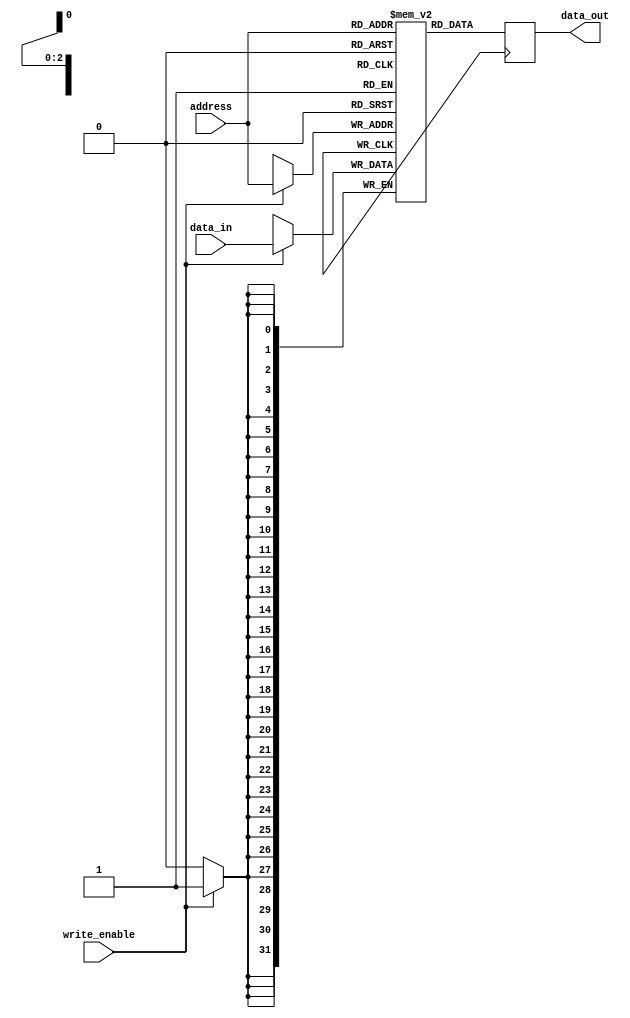
module register_file(
    input wire [2:0] address,
    input wire write_enable,
    input wire [31:0] data_in,
    output reg [31:0] data_out
);

reg [31:0] registers [7:0];

always @ (posedge clk) begin
    if(write_enable) begin
        registers[address] <= data_in;
    end
    data_out <= registers[address];
end

endmodule